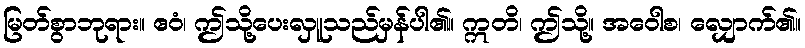
မြတ်စွာဘုရား။ ဧဝံ၊ ဤသို့ပေးလှူသည်မှန်ပါ၏။ ဣတိ၊ ဤသို့။ အဝေါစ၊ လျှောက်၏။